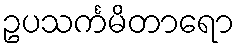
ဥပသင်္ကမိတာရော